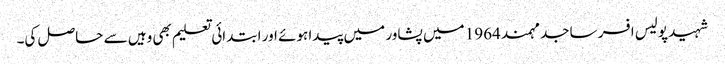
شہید پولیس افسر ساجد مہمند 1964 میں پشاور میں پیدا ہوئے اور ابتدائی تعلیم بھی وہیں سے حاصل کی۔